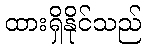
ထားရှိနိုင်သည်